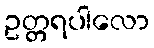
ဥတ္တရပါလော